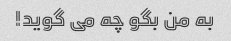
به من بگو چه می گوید!